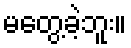
မတွေ့ခဲ့ဘူး။